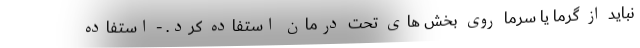
نباید از گرما یا سرما روی بخش های تحت درمان استفاده کرد. - استفاده